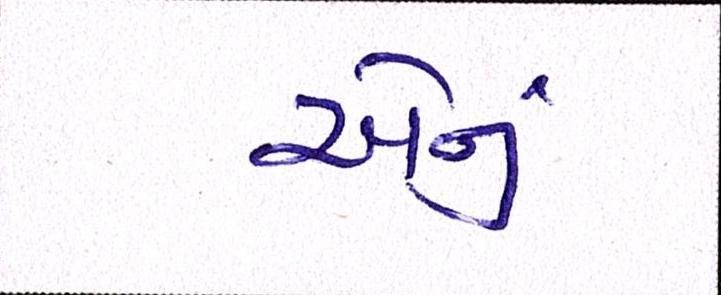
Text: એનું